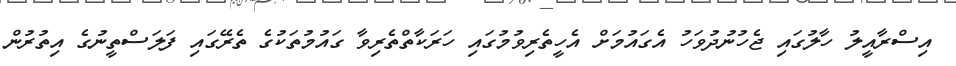
އިސްރާއީލު ހާލުގައި ޖެހުނުދުވަހު އެގައުމަށް އެހީތެރިވުމުގައި ހަރަކާތްތެރިވާ ގައުމުތަކުގެ ތެރޭގައި ފަލަސްތީނުގެ އިތުރުން